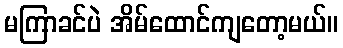
မကြာခင်ပဲ အိမ်ထောင်ကျတော့မယ်။